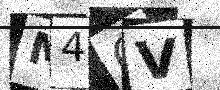
Text: M4QV